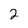
Character: 2